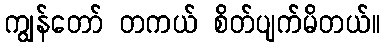
ကျွန်တော် တကယ် စိတ်ပျက်မိတယ်။